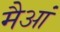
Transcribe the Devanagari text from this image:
मैआं